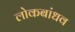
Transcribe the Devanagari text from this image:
लोकबांधव